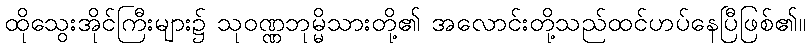
ထိုသွေးအိုင်ကြီးများ၌ သုဝဏ္ဏဘုမ္မိသားတို့၏ အလောင်းတို့သည်ထင်ဟပ်နေပြီဖြစ်၏။